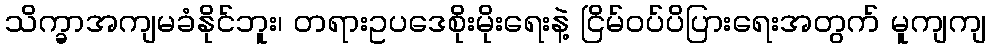
သိက္ခာအကျမခံနိုင်ဘူး၊ တရားဥပဒေစိုးမိုးရေးနဲ့ ငြိမ်ဝပ်ပိပြားရေးအတွက် မူကျကျ